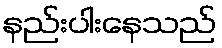
နည်းပါးနေသည်